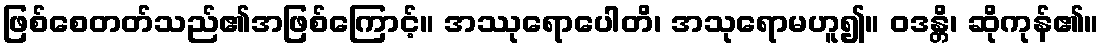
ဖြစ်စေတတ်သည်၏အဖြစ်ကြောင့်။ အဿုရောပေါတိ၊ အသုရောမဟူ၍။ ဝဒန္တိ၊ ဆိုကုန်၏။